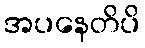
အပနေတိပိ